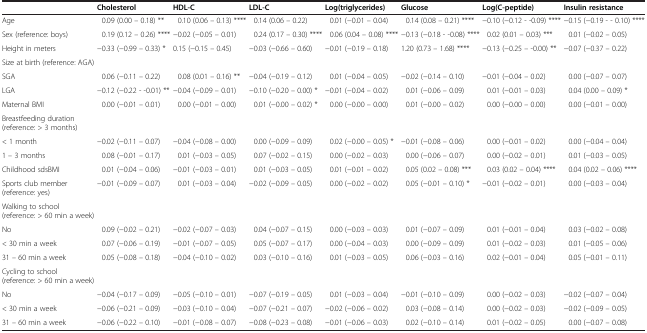
<table><thead><tr><td><b> </b></td><td><b>Cholesterol</b></td><td><b>HDL-C</b></td><td><b>LDL-C</b></td><td><b>Log(triglycerides)</b></td><td><b>Glucose</b></td><td><b>Log(C-peptide)</b></td><td><b>Insulin resistance</b></td></tr></thead><tbody><tr><td>Age</td><td>0.09 (0.00 – 0.18) **</td><td>0.10 (0.06 – 0.13) ****</td><td>0.14 (0.06 – 0.22)</td><td>0.01 (−0.01 – 0.04)</td><td>0.14 (0.08 – 0.21) ****</td><td>−0.10 (−0.12 - -0.09) ****</td><td>−0.15 (−0.19 - - 0.10) ****</td></tr><tr><td>Sex (reference: boys)</td><td>0.19 (0.12 – 0.26) ****</td><td>−0.02 (−0.05 – 0.01)</td><td>0.24 (0.17 – 0.30) ****</td><td>0.06 (0.04 – 0.08) ****</td><td>−0.13 (−0.18 - -0.08) ****</td><td>0.02 (0.01 – 0.03) ***</td><td>0.01 (−0.02 – 0.05)</td></tr><tr><td>Height in meters</td><td>−0.33 (−0.99 – 0.33) *</td><td>0.15 (−0.15 – 0.45)</td><td>−0.03 (−0.66 – 0.60)</td><td>−0.01 (−0.19 – 0.18)</td><td>1.20 (0.73 – 1.68) ****</td><td>−0.13 (−0.25 – -0.00) **</td><td>−0.07 (−0.37 – 0.22)</td></tr><tr><td>Size at birth (reference: AGA)</td><td> </td><td> </td><td> </td><td> </td><td> </td><td> </td><td> </td></tr><tr><td>SGA</td><td>0.06 (−0.11 – 0.22)</td><td>0.08 (0.01 – 0.16) **</td><td>−0.04 (−0.19 – 0.12)</td><td>0.01 (−0.04 – 0.05)</td><td>−0.02 (−0.14 – 0.10)</td><td>−0.01 (−0.04 – 0.02)</td><td>0.00 (−0.07 – 0.07)</td></tr><tr><td>LGA</td><td>−0.12 (−0.22 - -0.01) **</td><td>−0.04 (−0.09 – 0.01)</td><td>−0.10 (−0.20 – 0.00) *</td><td>−0.01 (−0.04 – 0.02)</td><td>0.01 (−0.06 – 0.09)</td><td>0.01 (−0.01 – 0.03)</td><td>0.04 (0.00 – 0.09) *</td></tr><tr><td>Maternal BMI</td><td>0.00 (−0.01 – 0.01)</td><td>0.00 (−0.01 – 0.00)</td><td>0.01 (−0.00 – 0.02) *</td><td>0.00 (−0.00 – 0.00)</td><td>0.01 (−0.00 – 0.02)</td><td>0.00 (−0.00 – 0.00)</td><td>0.00 (−0.01 – 0.00)</td></tr><tr><td>Breastfeeding duration (reference: &gt; 3 months)</td><td> </td><td> </td><td> </td><td> </td><td> </td><td> </td><td> </td></tr><tr><td>&lt; 1 month</td><td>−0.02 (−0.11 – 0.07)</td><td>−0.04 (−0.08 – 0.00)</td><td>0.00 (−0.09 – 0.09)</td><td>0.02 (−0.00 – 0.05) *</td><td>−0.01 (−0.08 – 0.06)</td><td>0.00 (−0.01 – 0.02)</td><td>0.00 (−0.04 – 0.04)</td></tr><tr><td>1 – 3 months</td><td>0.08 (−0.01 – 0.17)</td><td>0.01 (−0.03 – 0.05)</td><td>0.07 (−0.02 – 0.15)</td><td>0.00 (−0.02 – 0.03)</td><td>0.00 (−0.06 – 0.07)</td><td>0.00 (−0.02 – 0.01)</td><td>0.01 (−0.03 – 0.05)</td></tr><tr><td>Childhood sdsBMI</td><td>0.01 (−0.04 – 0.06)</td><td>−0.01 (−0.03 – 0.01)</td><td>0.01 (−0.03 – 0.05)</td><td>0.01 (−0.01 – 0.02)</td><td>0.05 (0.02 – 0.08) ***</td><td>0.03 (0.02 – 0.04) ****</td><td>0.04 (0.02 – 0.06) ****</td></tr><tr><td>Sports club member (reference: yes)</td><td>−0.01 (−0.09 – 0.07)</td><td>0.01 (−0.03 – 0.04)</td><td>−0.02 (−0.09 – 0.05)</td><td>0.00 (−0.02 – 0.02)</td><td>0.05 (−0.01 – 0.10) *</td><td>−0.01 (−0.02 – 0.01)</td><td>0.00 (−0.03 – 0.04)</td></tr><tr><td>Walking to school (reference: &gt; 60 min a week)</td><td> </td><td> </td><td> </td><td> </td><td> </td><td> </td><td> </td></tr><tr><td>No</td><td>0.09 (−0.02 – 0.21)</td><td>−0.02 (−0.07 – 0.03)</td><td>0.04 (−0.07 – 0.15)</td><td>0.00 (−0.03 – 0.03)</td><td>0.01 (−0.07 – 0.09)</td><td>0.01 (−0.01 – 0.04)</td><td>0.03 (−0.02 – 0.08)</td></tr><tr><td>&lt; 30 min a week</td><td>0.07 (−0.06 – 0.19)</td><td>−0.01 (−0.07 – 0.05)</td><td>0.05 (−0.07 – 0.17)</td><td>0.00 (−0.04 – 0.03)</td><td>0.00 (−0.09 – 0.09)</td><td>0.01 (−0.02 – 0.03)</td><td>0.01 (−0.05 – 0.06)</td></tr><tr><td>31 – 60 min a week</td><td>0.05 (−0.08 – 0.18)</td><td>−0.04 (−0.10 – 0.02)</td><td>0.03 (−0.10 – 0.16)</td><td>0.01 (−0.03 – 0.05)</td><td>0.06 (−0.03 – 0.16)</td><td>0.02 (−0.01 – 0.04)</td><td>0.05 (−0.01 – 0.11)</td></tr><tr><td>Cycling to school (reference: &gt; 60 min a week)</td><td> </td><td> </td><td> </td><td> </td><td> </td><td> </td><td> </td></tr><tr><td>No</td><td>−0.04 (−0.17 – 0.09)</td><td>−0.05 (−0.10 – 0.01)</td><td>−0.07 (−0.19 – 0.05)</td><td>0.01 (−0.03 – 0.04)</td><td>−0.01 (−0.10 – 0.09)</td><td>0.00 (−0.02 – 0.03)</td><td>−0.02 (−0.07 – 0.04)</td></tr><tr><td>&lt; 30 min a week</td><td>−0.06 (−0.21 – 0.09)</td><td>−0.03 (−0.10 – 0.04)</td><td>−0.07 (−0.21 – 0.07)</td><td>−0.02 (−0.06 – 0.02)</td><td>0.03 (−0.08 – 0.14)</td><td>0.00 (−0.02 – 0.03)</td><td>−0.02 (−0.09 – 0.05)</td></tr><tr><td>31 – 60 min a week</td><td>−0.06 (−0.22 – 0.10)</td><td>−0.01 (−0.08 – 0.07)</td><td>−0.08 (−0.23 – 0.08)</td><td>−0.01 (−0.06 – 0.03)</td><td>0.02 (−0.10 – 0.14)</td><td>0.01 (−0.02 – 0.05)</td><td>0.00 (−0.07 – 0.08)</td></tr></tbody></table>